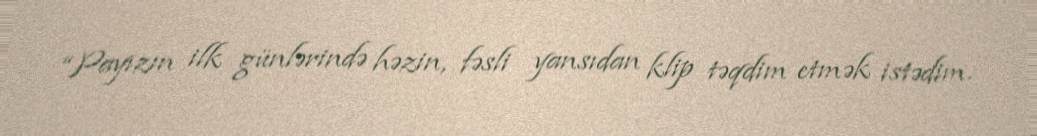
“Payızın ilk günlərində həzin, fəsli yansıdan klip təqdim etmək istədim.